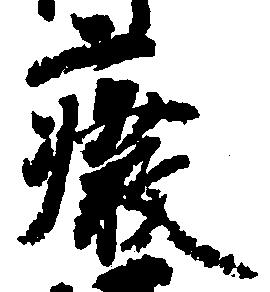
廃